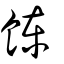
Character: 𩜍